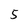
Character: 5